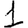
Digit: 1